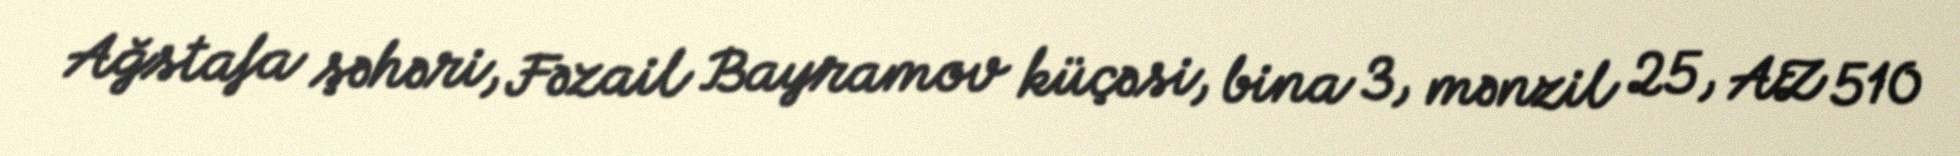
Ağstafa şəhəri, Fəzail Bayramov küçəsi, bina 3, mənzil 25, AZ 510